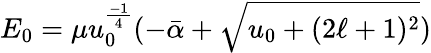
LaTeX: E_{0}=\mu u_{0}^{\frac{-1}{4}}(-\bar{\alpha}+\sqrt{u_{0}+(2\ell+1)^{2}})